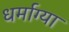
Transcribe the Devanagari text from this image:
धर्माग्या